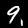
Digit: 9